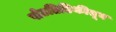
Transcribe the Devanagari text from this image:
पोटतिडिकीतून